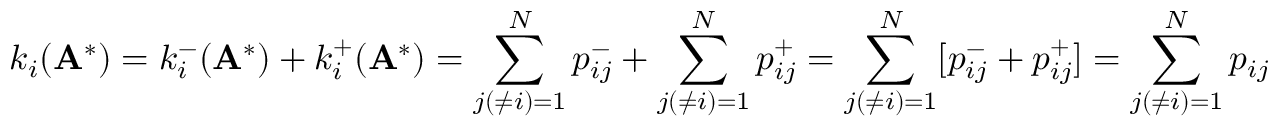
k _ { i } ( \mathbf { A } ^ { * } ) = k _ { i } ^ { - } ( \mathbf { A } ^ { * } ) + k _ { i } ^ { + } ( \mathbf { A } ^ { * } ) = \sum _ { j ( \neq i ) = 1 } ^ { N } p _ { i j } ^ { - } + \sum _ { j ( \neq i ) = 1 } ^ { N } p _ { i j } ^ { + } = \sum _ { j ( \neq i ) = 1 } ^ { N } [ p _ { i j } ^ { - } + p _ { i j } ^ { + } ] = \sum _ { j ( \neq i ) = 1 } ^ { N } p _ { i j }